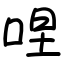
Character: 㖏